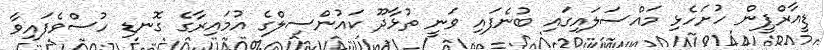
ޑީއާރްޕީން ހުށަހެޅި މައްސަލައިގައި ބުނެފައި ވަނީ ތުޅާދޫ ކައުންސިލްގެ އުމައިރާގެ ގޮނޑި ހުސްވެފައިވާ